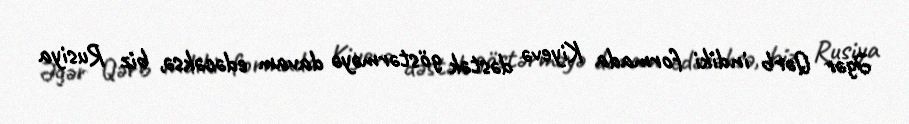
Əgər Qərb indiki formada Kiyevə dəstək göstərməyə davam edəcəksə, biz Rusiya